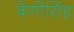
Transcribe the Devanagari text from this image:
बेणीसिंह